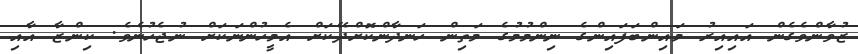
ޒުވާންވެގެން އައިއިރު މައިންބަފައިންގެ ނިންމުމުގެ މަތިން ހަނދާންކޮށްދޭކަށް އެމީހުންނަކަށް ނުޖެހުނެވެ. ކިންޒާ އާއި